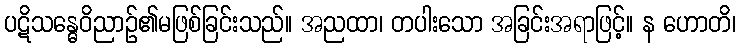
ပဋိသန္ဓေဝိညာဉ်၏မဖြစ်ခြင်းသည်။ အညထာ၊ တပါးသော အခြင်းအရာဖြင့်။ န ဟောတိ၊